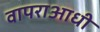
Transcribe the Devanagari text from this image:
वापराआधी